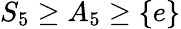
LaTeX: S_{5}\geq A_{5}\geq\lbrace e\rbrace